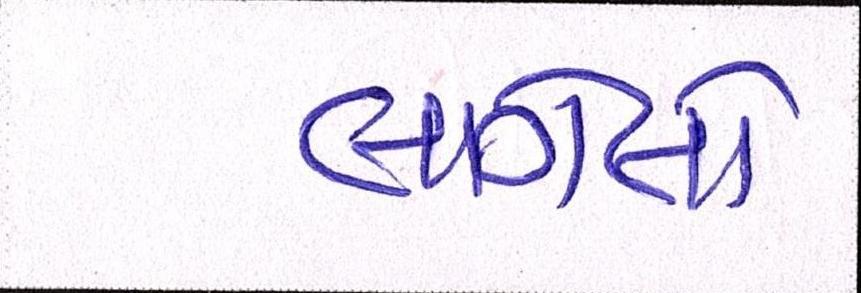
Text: લાગેલો